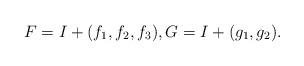
LaTeX: \begin{align*}F=I+(f_1,f_2,f_3), G=I+(g_1,g_2).\end{align*}